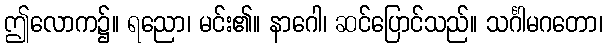
ဤလောက၌။ ရညော၊ မင်း၏။ နာဂေါ၊ ဆင်ပြောင်သည်။ သင်္ဂါမဂတော၊